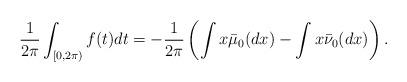
LaTeX: \begin{align*}\frac{1}{2\pi}\int_{[0,2\pi)}f(t)dt=-\frac{1}{2\pi}\left(\int x\bar{\mu}_{0}(dx)-\int x\bar{\nu}_{0}(dx) \right).\end{align*}